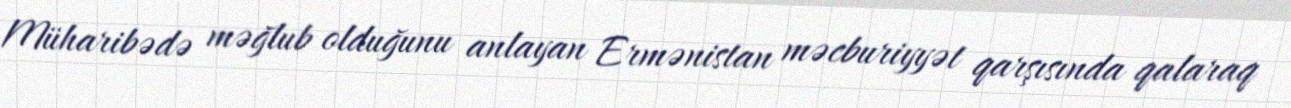
Müharibədə məğlub olduğunu anlayan Ermənistan məcburiyyət qarşısında qalaraq